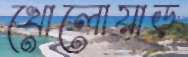
খোলোয়াড়